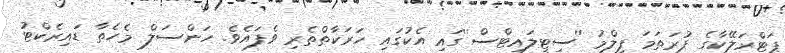
ޕަޓްރަލޭކާގެ ފުރަތަމަ ފިލްމު ''ސިޓީލައިޓްސް''ގައި އެކުގައި ހަރަކާތްތެރި ވެފައެވެ. ހަންސަލް މެހެތާ ޑައިރެކްޓު